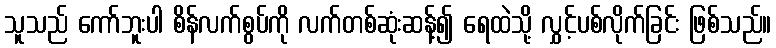
သူသည် ကော်ဘူးပါ စိန်လက်စွပ်ကို လက်တစ်ဆုံးဆန့်၍ ရေထဲသို့ လွှင့်ပစ်လိုက်ခြင်း ဖြစ်သည်။